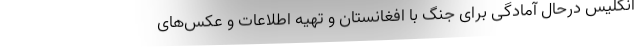
انگلیس درحال آمادگی برای جنگ با افغانستان و تهیه اطلاعات و عکس‌های